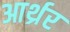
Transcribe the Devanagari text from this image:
आर्थ्रर